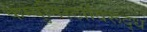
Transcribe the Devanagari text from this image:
कम्युनिस्टांविरूद्ध